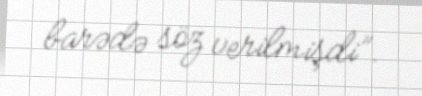
barədə söz verilmişdi”.